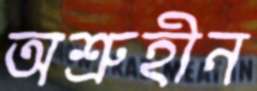
অশ্রুহীন